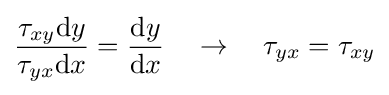
{\frac {\tau _{xy}\mathrm {d} y}{\tau _{yx}\mathrm {d} x}}={\frac {\mathrm {d} y}{\mathrm {d} x}}\quad \rightarrow \quad \tau _{yx}=\tau _{xy}